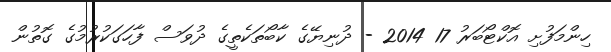
ހިންމަފުށި އޮކްޓޯބަރު 17 2014 - ދުނިޔޭގެ ކާބޯތަކެތީގެ ދުވަސް ފާހަގަކުރުމުގެ ގޮތުން